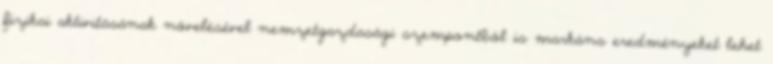
fizikai aktivitásának növelésével nemzetgazdasági szempontból is markáns eredményeket lehet